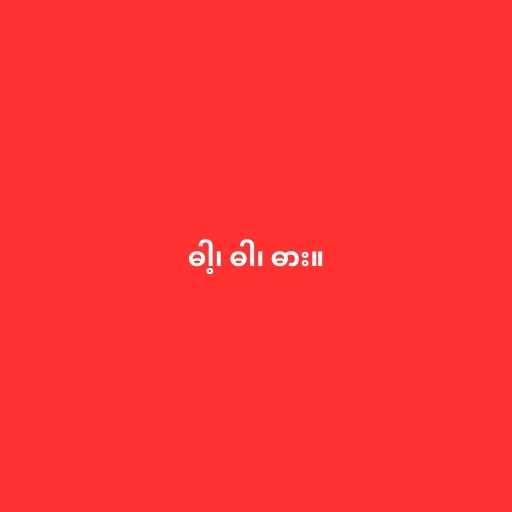
ဓါ့၊ ဓါ၊ ဓား။